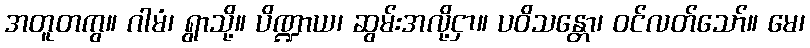
အတူတကွ။ ဂါမံ၊ ရွာသို့။ ပိဏ္ဍာယ၊ ဆွမ်းအလို့ငှာ။ ပဝိသန္တော၊ ဝင်လတ်သော်။ မေ၊